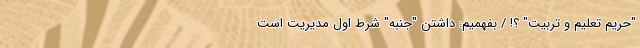
"حریم تعلیم و تربیت" ؟! / بفهمیم: داشتن "جنبه" شرط اول مدیریت است